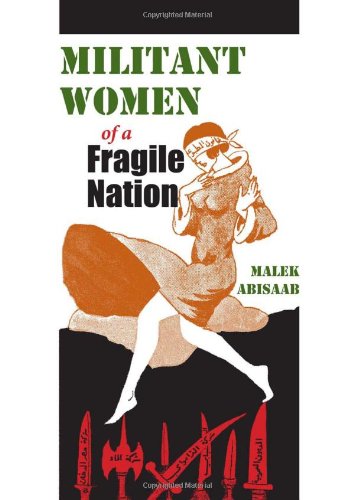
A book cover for Militant Women of a Fragile Nation (Middle East Studies Beyond Dominant Paradigms); Malek Abisaab; History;